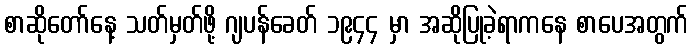
စာဆိုတော်နေ့ သတ်မှတ်ဖို့ ဂျပန်ခေတ် ၁၉၄၄ မှာ အဆိုပြုခဲ့ရာကနေ စာပေအတွက်